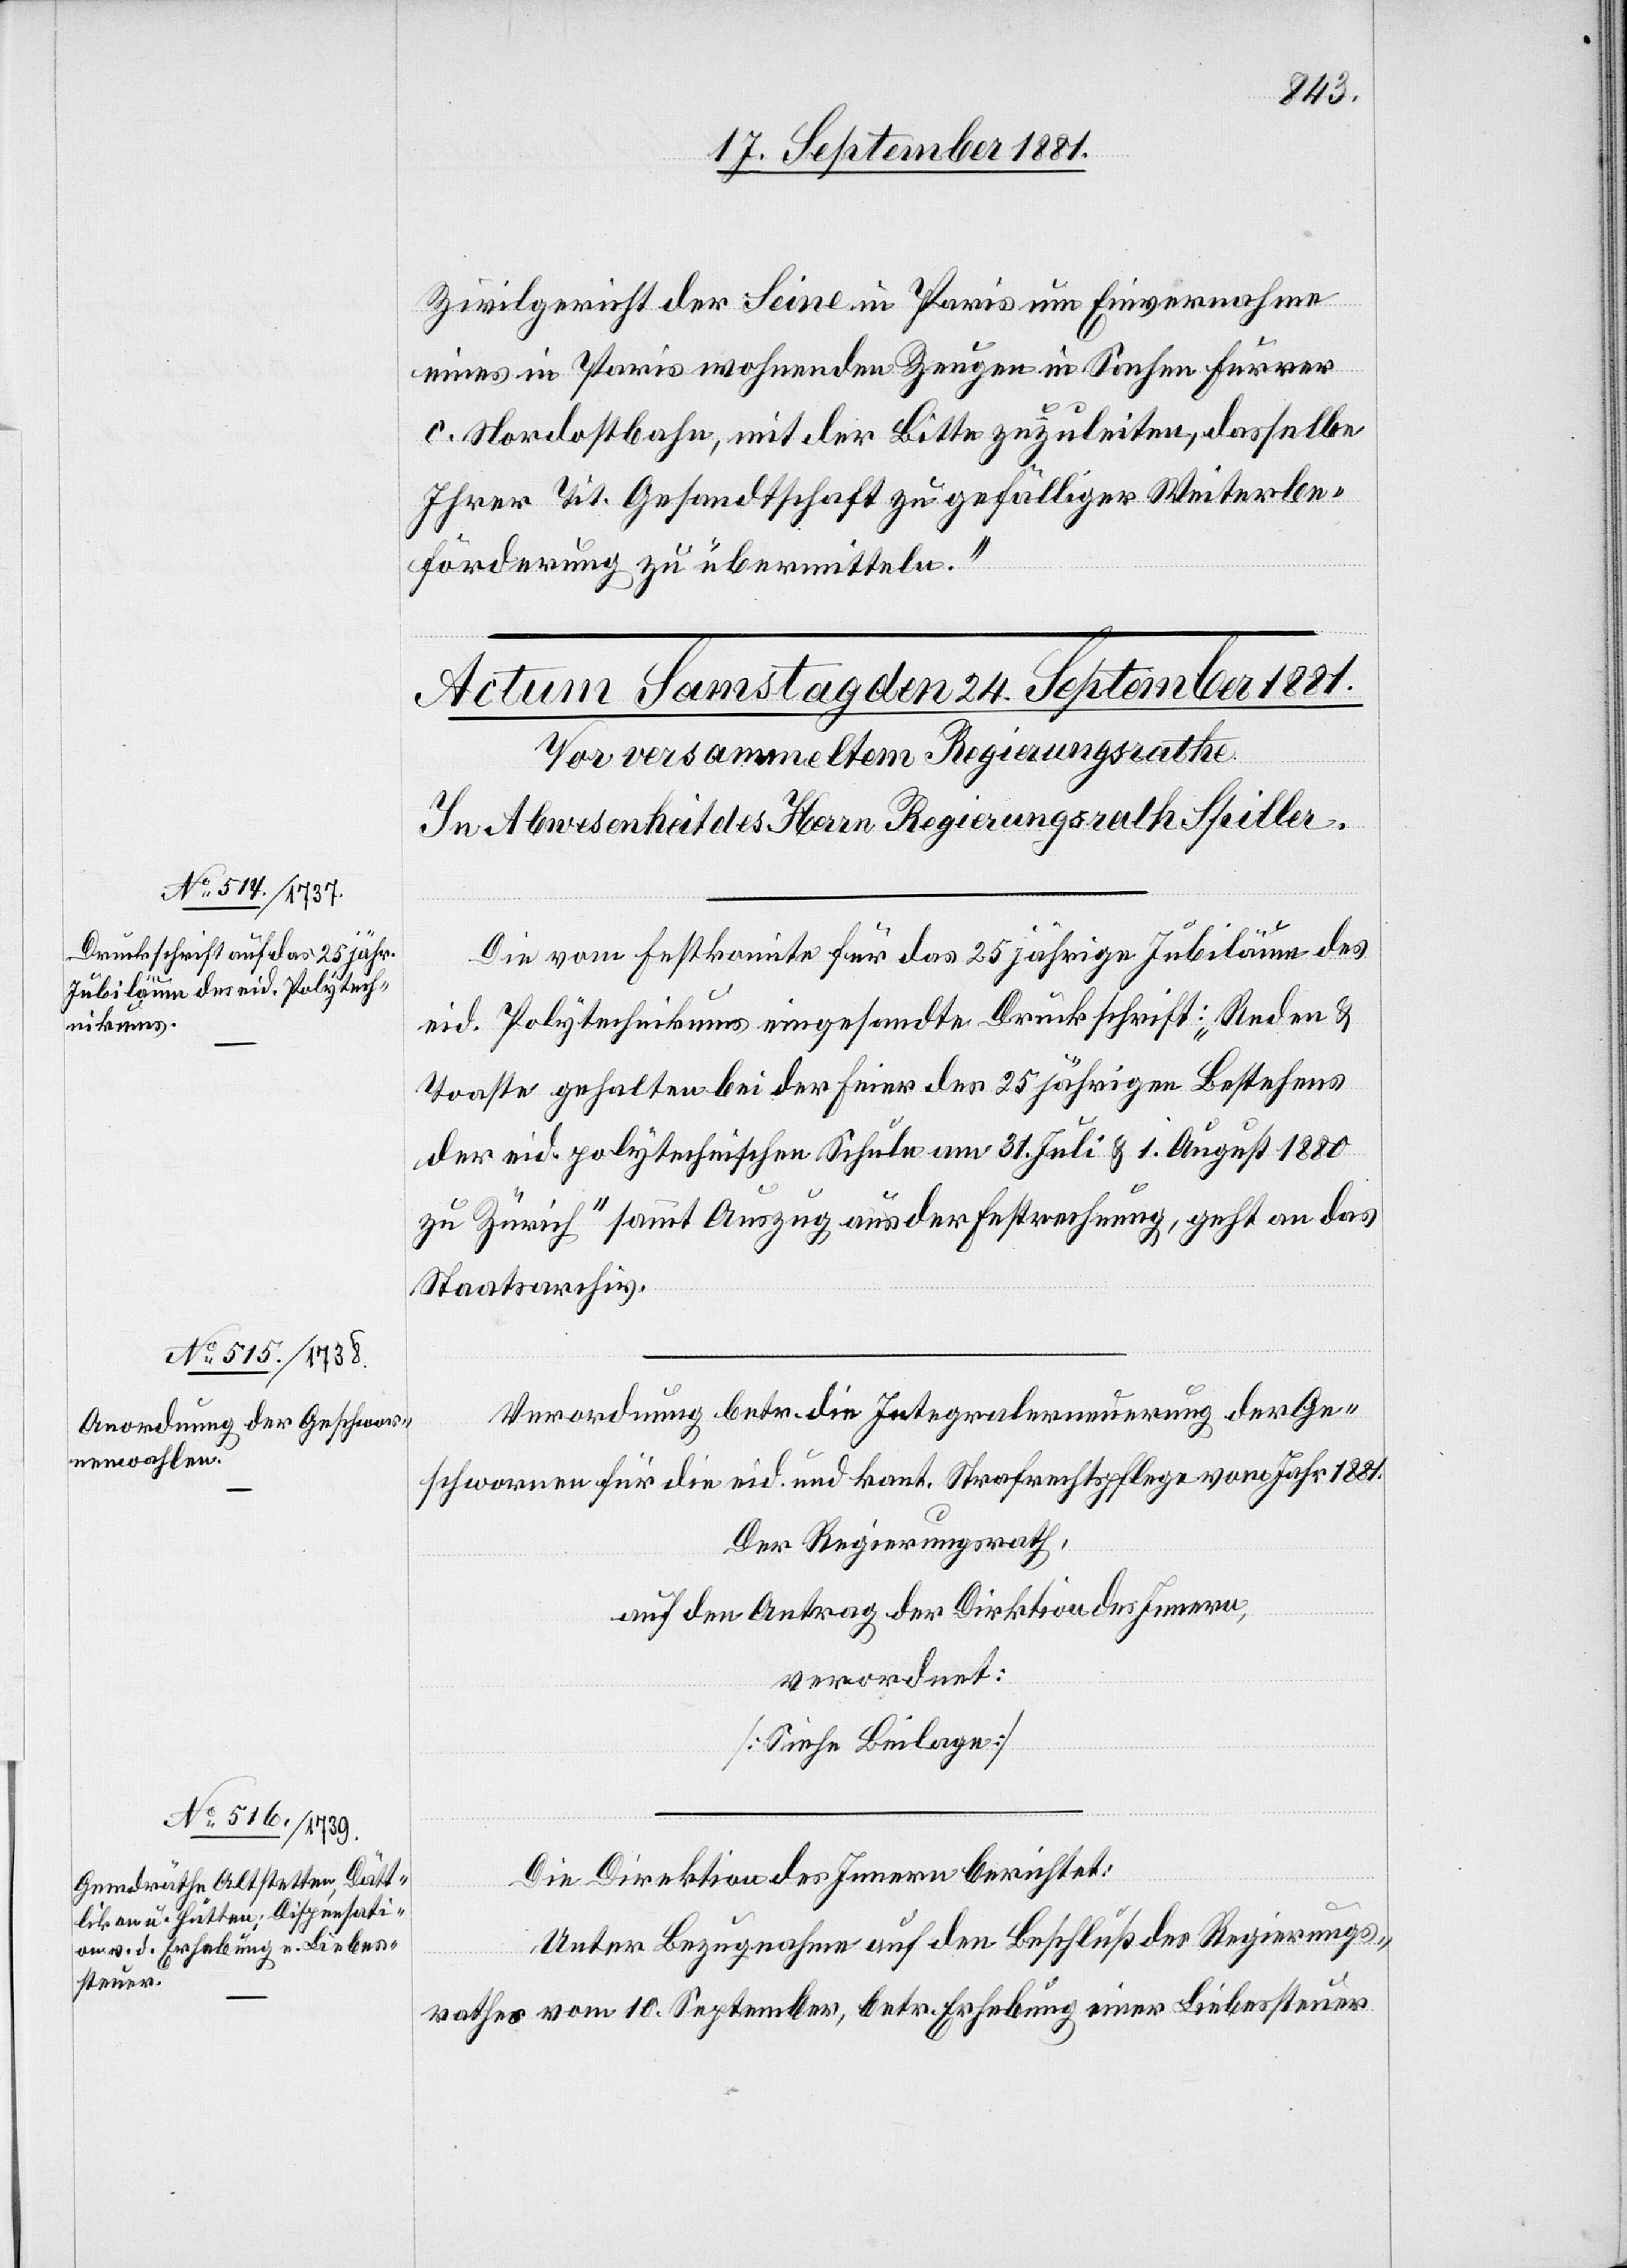
Zivilgericht der Seine in Paris um Einvernahme
eines in Paris wohnenden Zeugen in Sachen Furrer
c. Nordostbahn, mit der Bitte zuzuleiten, dasselbe
Ihrer Tit. Gesandtschaft zu gefälliger Weiterbe¬
förderung zu übermitteln.“
Die vom Festkomite für das 25jährige Jubiläum des
eid. Polytechnikums eingesandte Druckschrift: „Reden &
Toaste gehalten bei der Feier des 25jährigen Bestehens
der eid. polytechnischen Schule am 31. Juli & 1. August 1880
zu Zürich“ sammt Auszug aus der Festrechnung, geht an das
Staatsarchiv.
Die Direktion des Innern berichtet:
Unter Bezugnahme auf den Beschluß des Regierungs¬
rathes vom 10. September, betr. Erhebung einer Liebessteuer